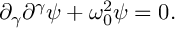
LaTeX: \partial _ { \gamma } \partial ^ { \gamma } \psi + \omega _ { 0 } ^ { 2 } \psi = 0 .